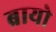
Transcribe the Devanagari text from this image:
ब्रायो